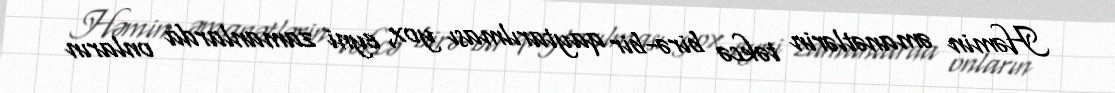
Həmin əmanətlərin təkcə birə-bir qaytarılması yox, eyni zamanlarda onların